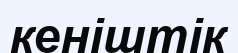
кеніштік